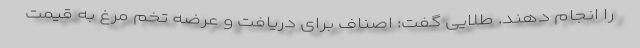
را انجام دهند. طلایی گفت: اصناف برای دریافت و عرضه تخم مرغ به قیمت